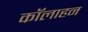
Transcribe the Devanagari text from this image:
कॉलाहन